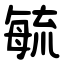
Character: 毓